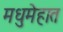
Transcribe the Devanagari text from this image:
मधुमेहात